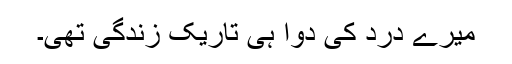
میرے درد کی دوا ہی تاریک زندگی تھی۔